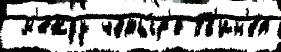
 м'е́жду четы́р'е Гв'ин'е́я